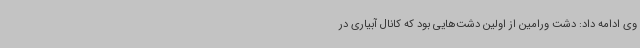
وی ادامه داد: دشت ورامین از اولین دشت‌هایی بود که کانال آبیاری در